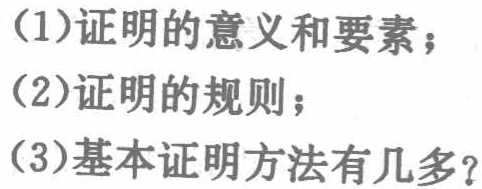
(1)证明的意义和要素；
(2)证明的规则；
(3)基本证明方法有几多？